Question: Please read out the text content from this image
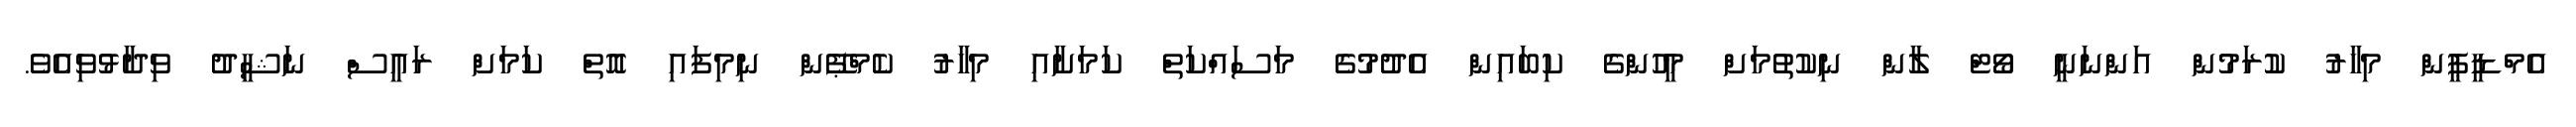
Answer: އެމްޑީޕީން މިހާރު ކުރަމުން އަންނަނީ ވޯޓް ލާން ނިކުތުމަށް މީހުންގެ ކިބައިން އެދުމުގެ މަސައްކަތް ކަމަށާއި މިހާރު ކެމްޕޭން ނިމިފައި އޮތް ކަމަށް ރައީސް ނަޝީދު ވިދާޅުވިއެވެ.